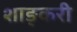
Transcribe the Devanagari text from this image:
शाङ्करी